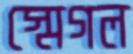
স্মেগল